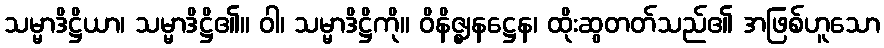
သမ္မာဒိဋ္ဌိယာ၊ သမ္မာဒိဋ္ဌိ၏။ ဝါ၊ သမ္မာဒိဋ္ဌိကို။ ဝိနိဇ္ဈနဋ္ဌေန၊ ထိုးဆွတတ်သည်၏ အဖြစ်ဟူသော